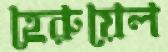
হেরুয়েল